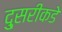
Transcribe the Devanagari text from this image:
दु्सरीकडे